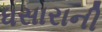
ધસારાની